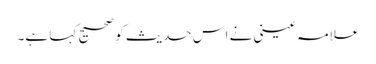
علامہ عینی نے اس حدیث کو صحیح کہا ہے۔